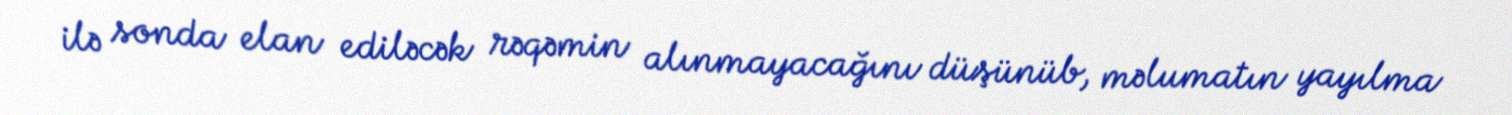
ilə sonda elan ediləcək rəqəmin alınmayacağını düşünüb, məlumatın yayılma